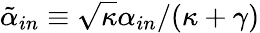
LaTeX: \tilde{\alpha}_{in}\equiv\sqrt{\kappa}\alpha_{in}/(\kappa+\gamma)